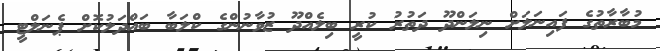
މުބާރާތުގެ ފައިނަލަށް ނިލަންދޫ ދަތުރު ކުރީ ބިލެއްދޫ ޒުވާނުންގެ ކްލަބާ ބައްދަލުކޮށް ޕެނަލްޓީ